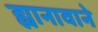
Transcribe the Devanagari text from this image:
ह्यानावाने